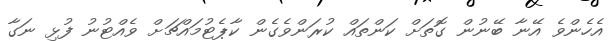
އެހެންވެ އޭނާ ބޭނުން ގޮތަށް ކަންތައް ކުރަންވެގެން ކާޕެޓުމައްޗަށް ވެއްޓުނު ފުޅި ނަގާ